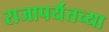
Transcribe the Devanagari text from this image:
राजापर्यंतच्या